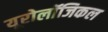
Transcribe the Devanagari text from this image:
यूरोलॉजिकल